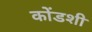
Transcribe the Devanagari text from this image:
कोंडशी